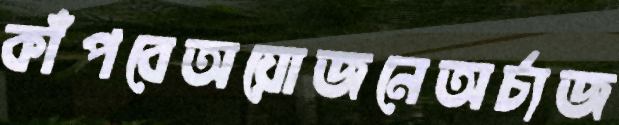
কাঁপবেঅয়োজনেঅর্চ্যজ